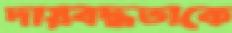
দায়বদ্ধতাকে